Leaving Certificate Examination (including Day School Certificate (Higher) General paper), 1927
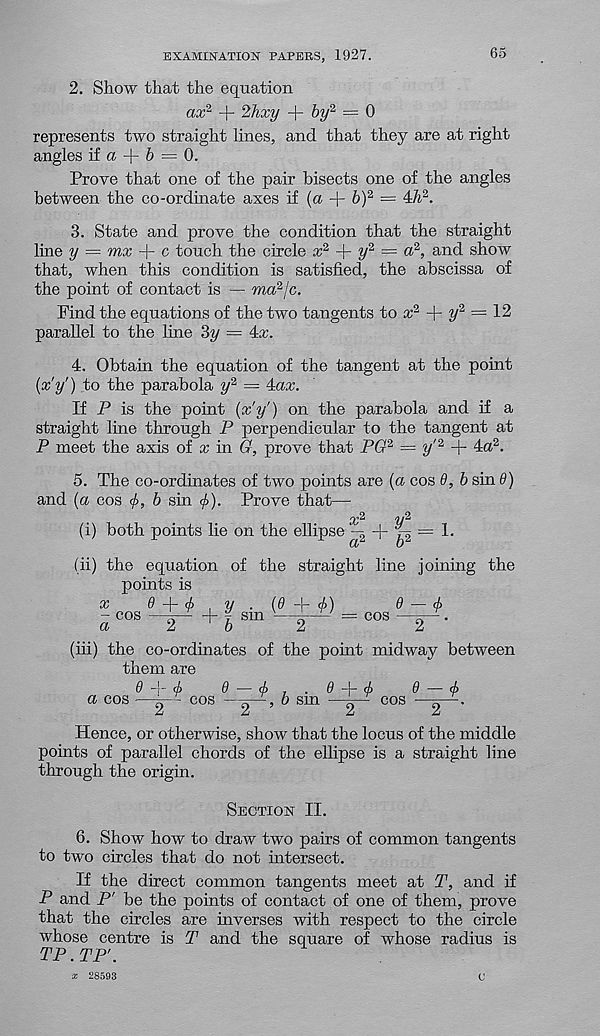
EXAMINATION PAPERS, 1927.
65
2. Show that the equation
ax % + 2hxy + by 2 = 0
represents two straight lines, and that they are at right
angles if a ~\- b = 0.
Prove that one of the pair bisects one of the angles
between the co-ordinate axes if (a + 6) 2 = 4/i 2 .
3. State and prove the condition that the straight
line y — mx + c touch the circle x 2 -\- y 2 = a 2 , and show
that, when this condition is satisfied, the abscissa of
the point of contact is — ma 2 /c.
Find the equations of the two tangents to x 2 -p y 2 = 12
parallel to the line 3y =
4. Obtain the equation of the tangent at the point
{x'y') to the parabola y 2 = ^ax.
If P is the point {x'y') on the parabola and if a
straight line through P perpendicular to the tangent at
P meet the axis of x in G, prove that PO 2 = y' 2 + 4a 2 .
5. The co-ordinates of two points are (a cos 9, b sin 9)
and (a cos
b sin <£). Prove that—
/£>2
'2/^'
(i) both points lie on the ellipse ^ + p — 1.
(ii) the equation of the straight line joining the
points is
x
9
<f>
y . (6 ~' r cj>)
9 — <f>
- cos —
b f sm —„
= cos —^.
a
2
b
2
2
(iii) the co-ordinates of the point midway between
them are
9 -4- (f>
9 —
. 9 -t- d)
9 — cb
a cos —~~ cos
b sm —^ cos —~—.
Hence, or otherwise, show that the locus of the middle
points of parallel chords of the ellipse is a straight line
through the origin.
Section II.
6. Show how to draw two pairs of common tangents
to two circles that do not intersect.
If the direct common tangents meet at T, and if
P and P' be the points of contact of one of them, prove
that the circles are inverses with respect to the circle
whose centre is T and the square of whose radius is
TP. TP'.
x 28593
(J